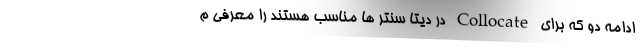
ادامه دو که برای Collocate در دیتا سنتر ها مناسب هستند را معرفی م